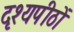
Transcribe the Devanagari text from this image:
दृश्यपीठों